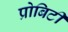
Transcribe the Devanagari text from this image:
प्रोबिटी